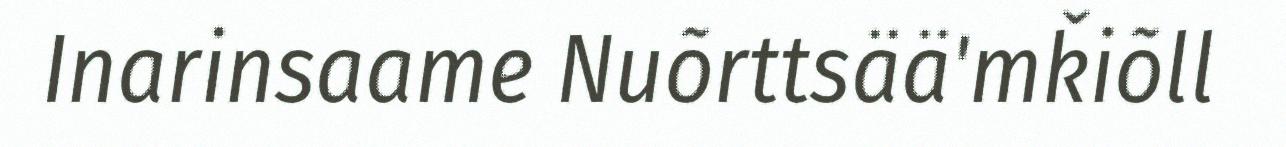
Inarinsaame Nuõrttsää'mǩiõll